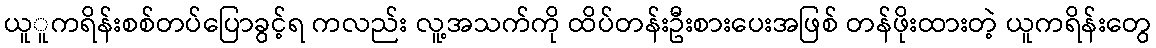
ယူူကရိန်းစစ်တပ်ပြောခွင့်ရ ကလည်း လူ့အသက်ကို ထိပ်တန်းဦးစားပေးအဖြစ် တန်ဖိုးထားတဲ့ ယူကရိန်းတွေ